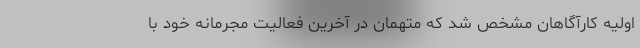
اولیه کارآگاهان مشخص شد که متهمان در آخرین فعالیت مجرمانه خود با